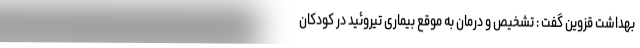
بهداشت قزوین گفت : تشخیص و درمان به موقع بیماری تیروئید در کودکان